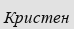
Кристен